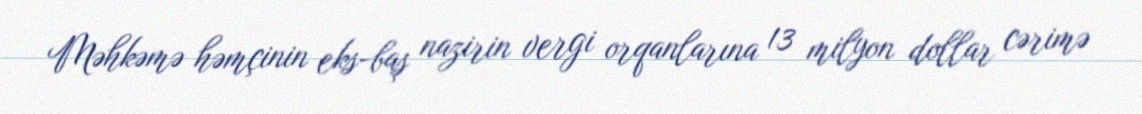
Məhkəmə həmçinin eks-baş nazirin vergi orqanlarına 13 milyon dollar cərimə